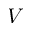
V